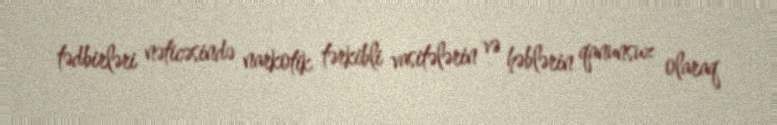
tədbirləri nəticəsində narkotik tərkibli vasitələrin və həblərin qanunsuz olaraq